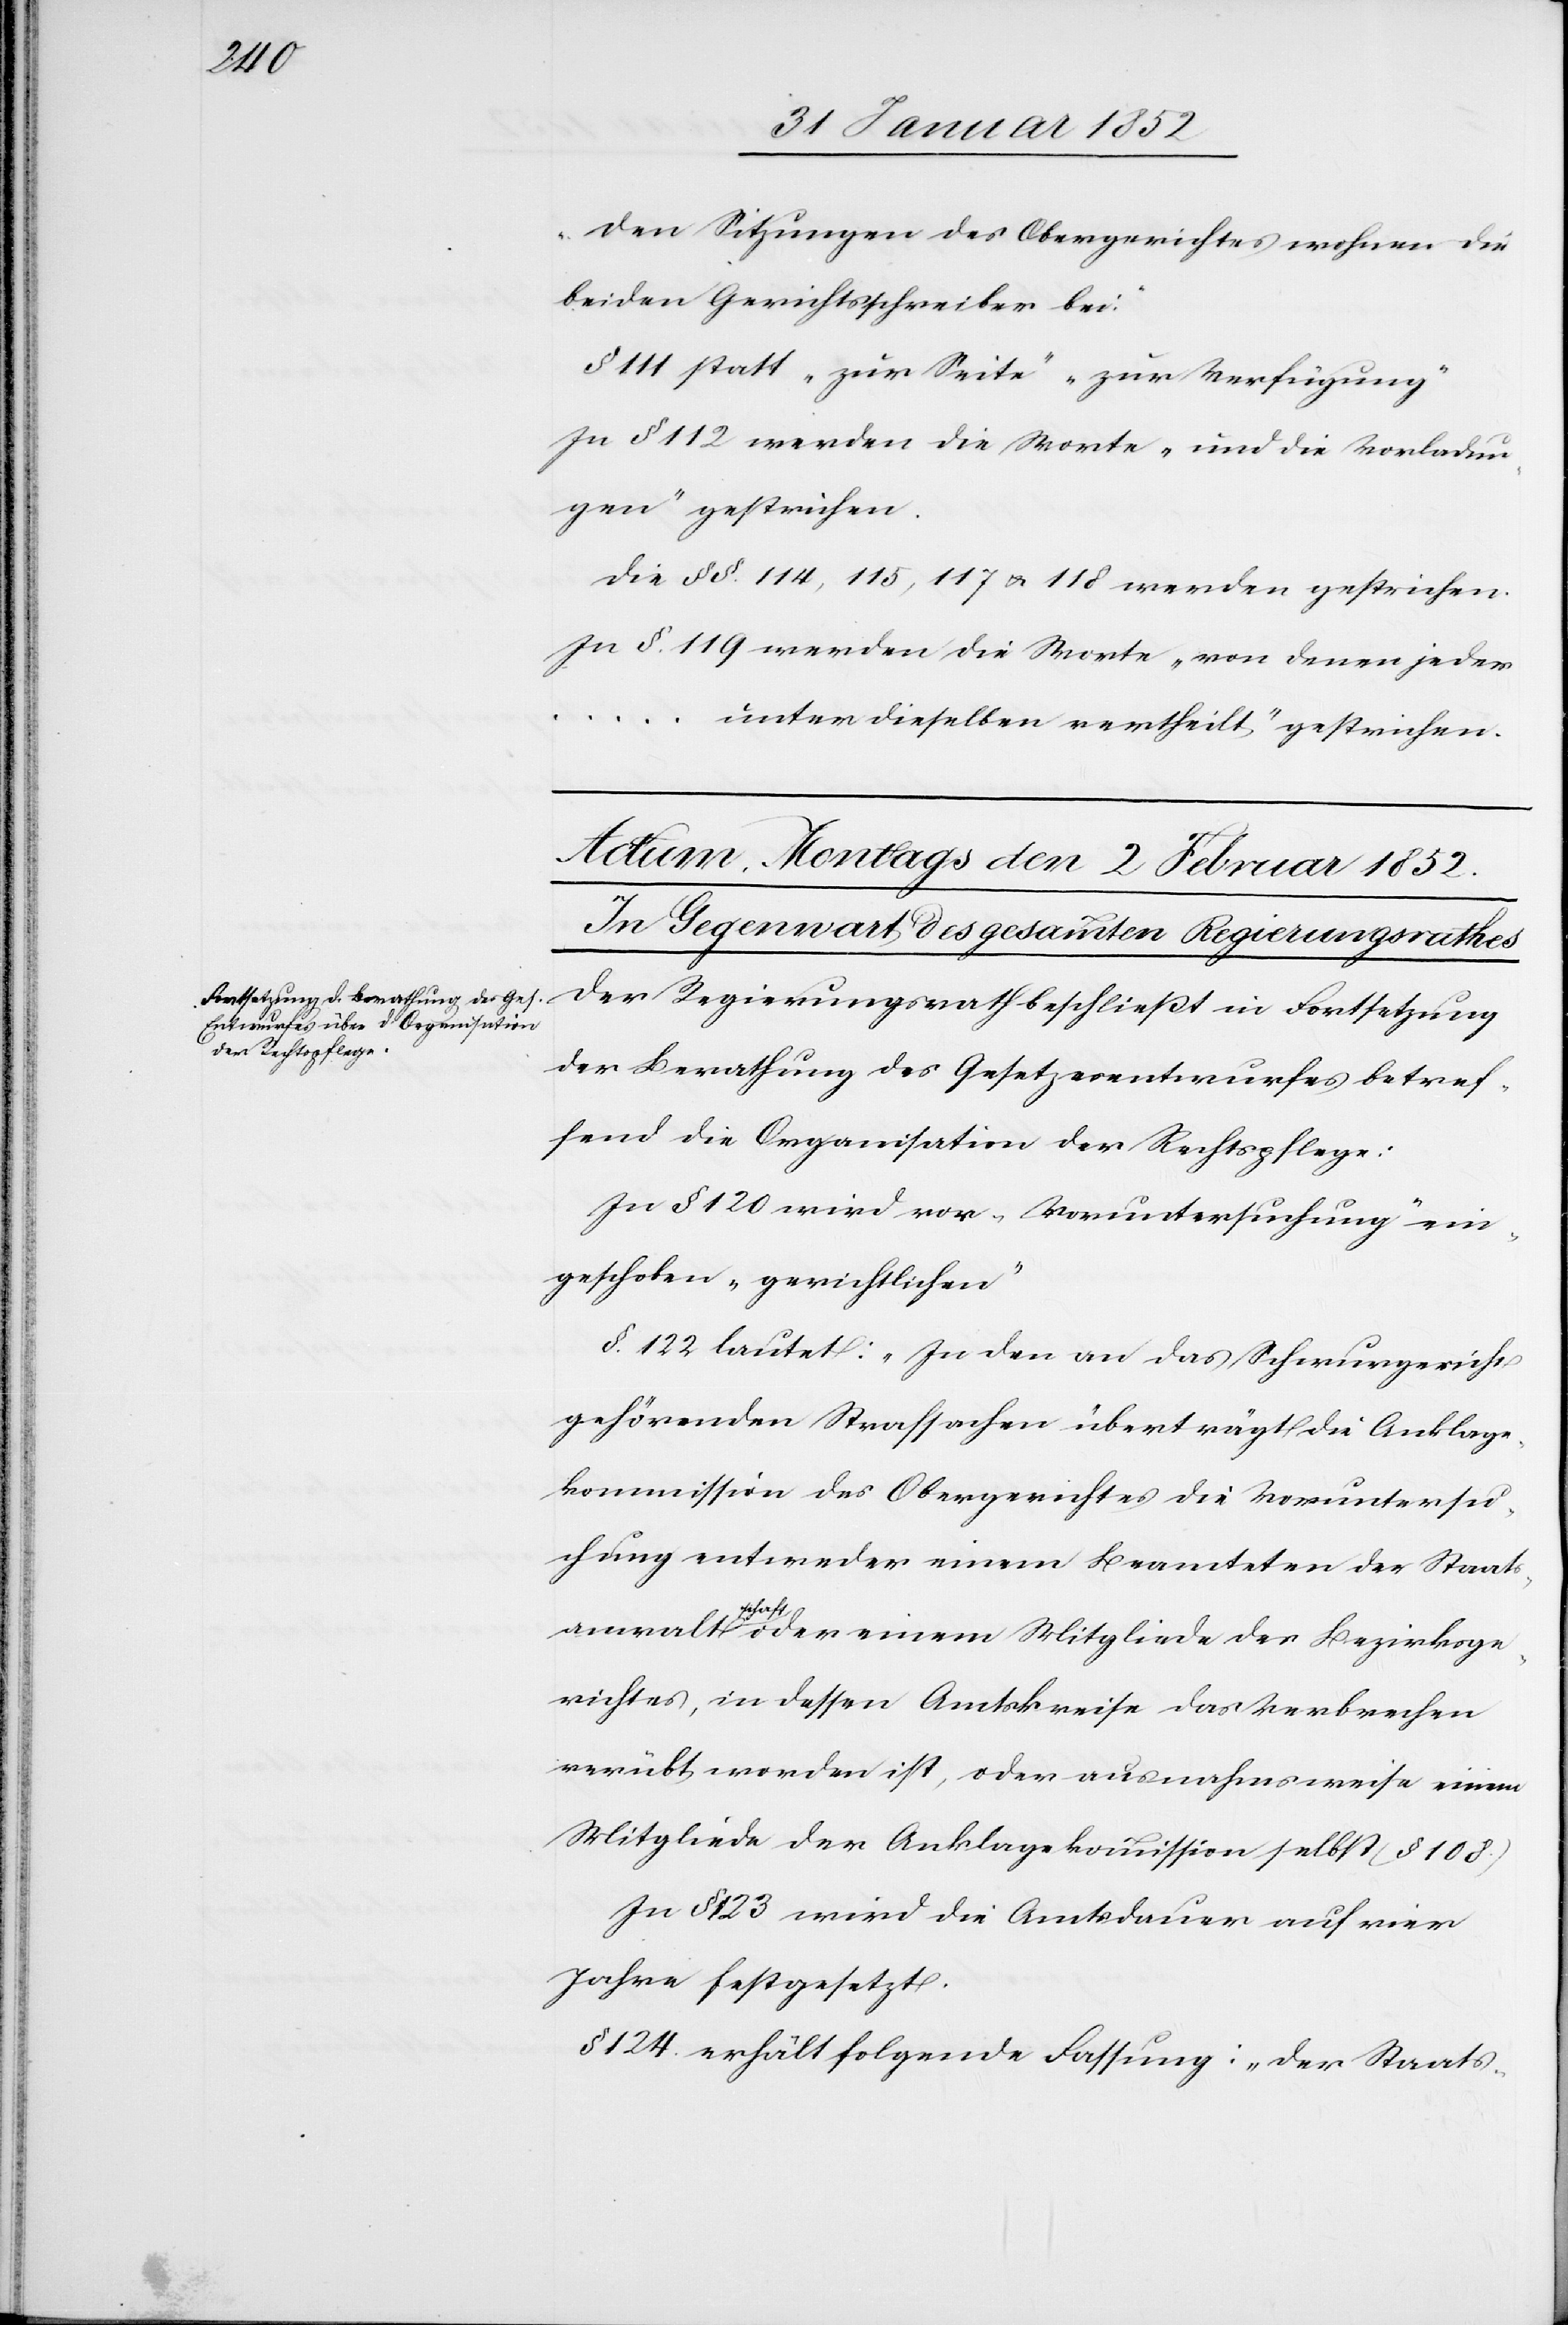
Den Sitzungen des Obergerichtes wohnen die
beiden Gerichtsschreiber bei.“
§ 111 statt „zur Seite“ „zur Verfügung“
In § 112 werden die Worte „und die Vorladun¬
gen“ gestrichen.
Die §§. 114, 115, 117 u. 118 werden gestrichen.
In §. 119 werden die Worte „von denen jeder
... unter dieselben vertheilt“ gestrichen.
Der Regierungsrath beschließt in Fortsetzung
der Berathung des Gesetzesentwurfes betref¬
fend die Organisation der Rechtspflege:
In § 120 wird vor „Voruntersuchung“ ein¬
geschoben „gerichtlichen“
§. 122 lautet: „In den an das Schwurgericht
gehörenden Strafsachen überträgt die Anklage¬
kommission des Obergerichtes die Voruntersu¬
chung entweder einem Beamteten der Staats¬
anwaltschaft oder einem Mitgliede des Bezirksge¬
richtes, in dessen Amtskreise das Verbrechen
verübt worden ist, oder ausnahmsweise einem
Mitgliede der Anklagekommission selbst (§ 108.)
In § 123 wird die Amtsdauer auf vier
Jahre festgesetzt.
§ 124. erhält folgende Fassung: „Der Staats-